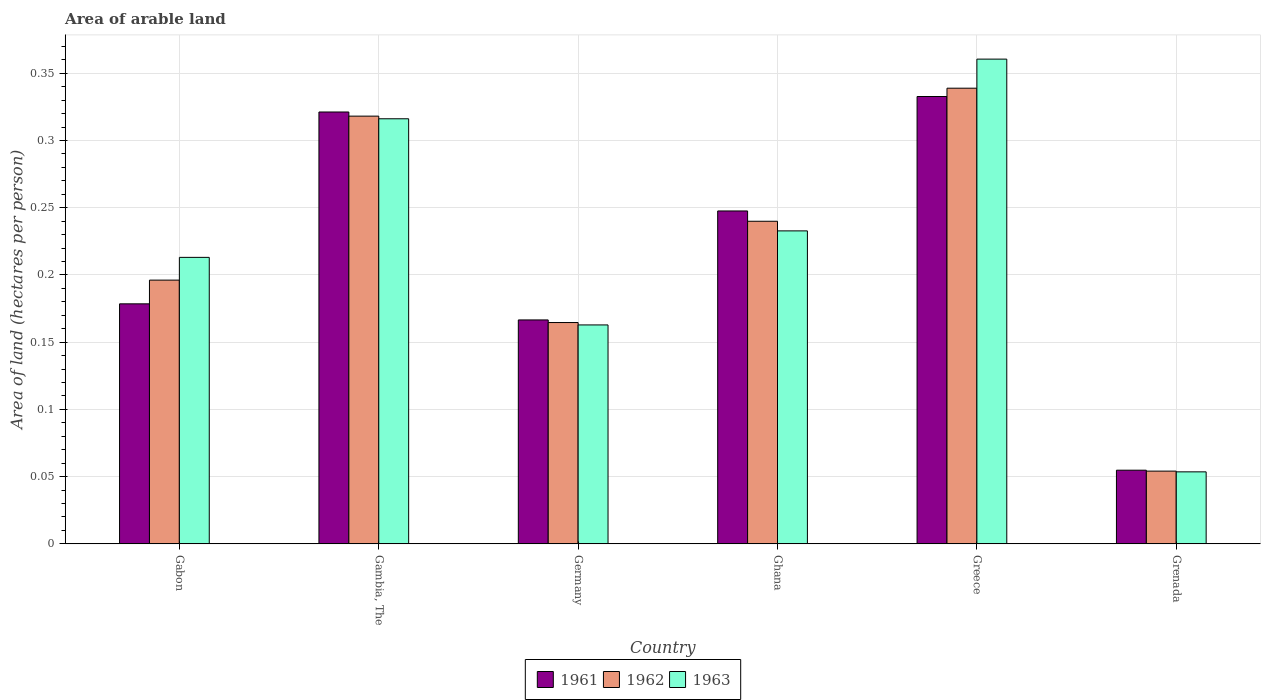
| Country | 1961 | 1962 | 1963 |
 | --- | --- | --- | --- |
 | Gabon | 0.179 | 0.196 | 0.213 |
 | Gambia, The | 0.321 | 0.318 | 0.316 |
 | Germany | 0.167 | 0.165 | 0.163 |
 | Ghana | 0.248 | 0.24 | 0.233 |
 | Greece | 0.333 | 0.339 | 0.361 |
 | Grenada | 0.0548 | 0.0541 | 0.0536 |